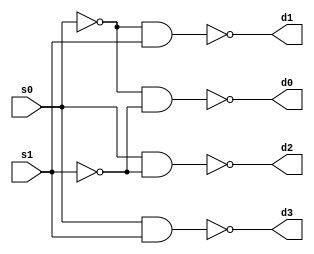
`timescale 1ns / 1ps
//////////////////////////////////////////////////////////////////////////////////
// Company: 
// Engineer: 
// 
// Design Name: 
// Module Name:    decodelow 
// Project Name: 
// Target Devices: 
// Tool versions: 
// Description: 
//
// Dependencies: 
//
// Revision: 
// Revision 0.01 - File Created
// Additional Comments: 
//
//////////////////////////////////////////////////////////////////////////////////
module decodelow(
    input s0,
    input s1,
    output d0,
    output d1,
    output d2,
    output d3
    );
	 wire w1,w2;
	 not(w1,s0);
	 not(w2,s1);
	 nand(d0,w1,w2);
	 nand(d1,w1,s1);
	 nand(d2,s0,w2);
	 nand(d3,s0,s1);


endmodule